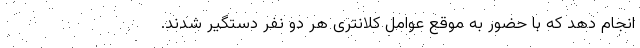
انجام دهد که با حضور به موقع عوامل کلانتری هر دو نفر دستگیر شدند.